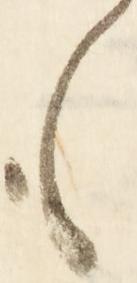
も